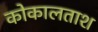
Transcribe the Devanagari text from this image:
कोकालताश